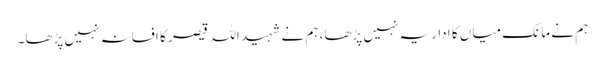
ہم نے مانک میاں کا اداریہ نہیں پڑھا، ہم نے شہید اللہ قیصر کا افسانہ نہیں پڑھا۔